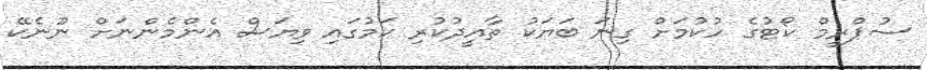
ސުޕްރީމް ކޯޓުގެ ހުކުމަށް ގިނަ ބަޔަކު ތާއީދުކުރި ކަމުގައި ވިޔަސް އެންމެންނަށް ނޫނެކޭ